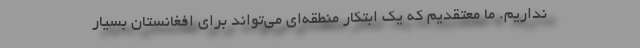
نداریم. ما معتقدیم که یک ابتکار منطقه‌ای می‌تواند برای افغانستان بسیار